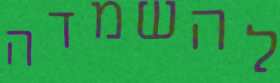
להשמדה